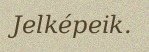
Jelképeik.